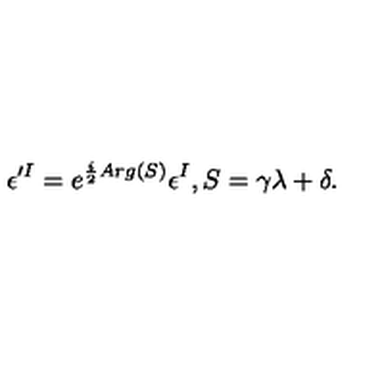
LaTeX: \epsilon ^ { \prime I } = e ^ { \frac { i } { 2 } A r g ( S ) } \epsilon ^ { I } , S = \gamma \lambda + \delta .